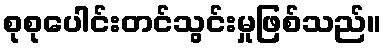
စုစုပေါင်းတင်သွင်းမှုဖြစ်သည်။